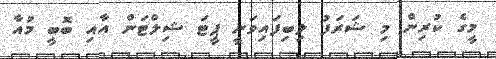
މީގެ ކުރިން މި ޝަރަފު ލިބިފައިވަނީ ޕީޓަ ޝިލްޓަން އާއި ބޮބީ މުއާ